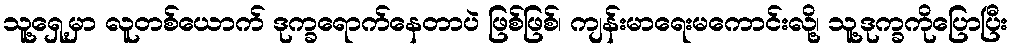
သူ့ရှေ့မှာ လူတစ်ယောက် ဒုက္ခရောက်နေတာပဲ ဖြစ်ဖြစ်၊ ကျန်းမာရေးမကောင်းလို့၊ သူ့ဒုက္ခကိုပြောပြီး